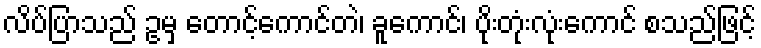
လိပ်ပြာသည် ဥမှ တောင့်ကောင်တဲ၊ ခူကောင်၊ ပိုးတုံးလုံးကောင် စသည်ဖြင့်